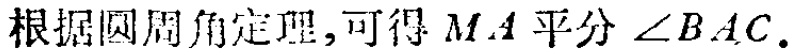
根据圆周角定理,可得 \(MA\) 平分 \(\angle BAC\).